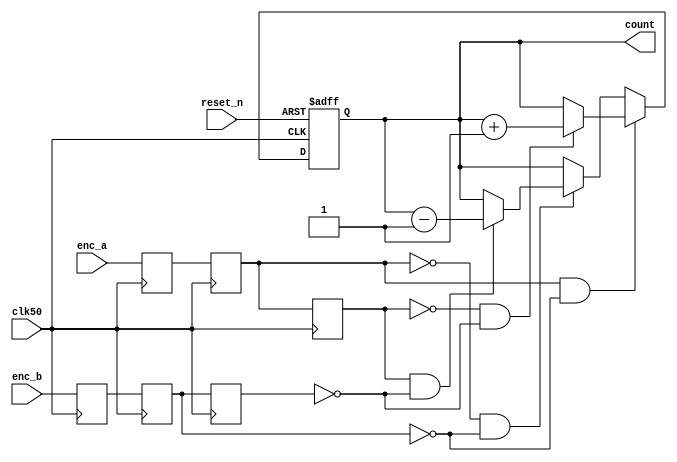
module encoder_x1(
    clk50,
    reset_n,
    enc_a,
    enc_b,
    count
);
    input clk50;
    input reset_n;
    input enc_a;
    input enc_b;
    output reg [31:0]count;
    
    reg a, a1, b, b1;
    reg last_a, last_b;

    always@(posedge clk50) begin // latch it twice
        a1 <= enc_a;
        a <= a1;
        b1 <= enc_b;
        b <= b1;
    end
    
    always @(posedge clk50) begin
        last_a <= a;
        last_b <= b;
    end

    always @(posedge clk50 or negedge reset_n) begin
        if(!reset_n) begin
            count <= 32'h7FFFFFFF;
        end
        else begin
            if  ((a == 1) && (b == 0)) begin // state 1
                if ((last_a == 0) && (last_b == 0)) begin // last state was 0. State 0 to 1 transition. Increment
                    count <= count + 31'b1;
                end
                else begin  // don't do anything
                    count <= count;
                end
            end
            else if  ((a == 0) && (b == 0)) begin // state 0
                if ((last_a == 1) && (last_b == 0)) begin // last state was 1. State 1 to 0 transition. Decrement
                    count <= count - 31'b1;
                end
                else begin  // don't do anything
                    count <= count;
                end
            end
            else begin // don;t do anything for any other states
                count <= count;
            end
        end
    end

endmodule